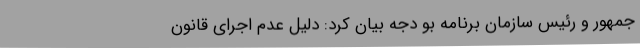
جمهور و رئیس سازمان برنامه بو دجه بیان کرد: دلیل عدم اجرای قانون